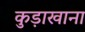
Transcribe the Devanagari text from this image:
कुड़ाखाना